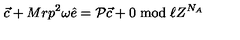
{ \vec { c } } + M r p ^ { 2 } \omega { \hat { e } } = { \cal P } { \vec { c } } + 0 \bmod { \ell Z ^ { N _ { A } } }